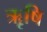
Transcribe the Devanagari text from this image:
ॠृषि